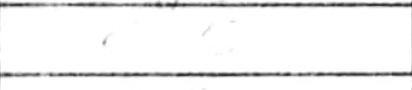
Transcription: e5